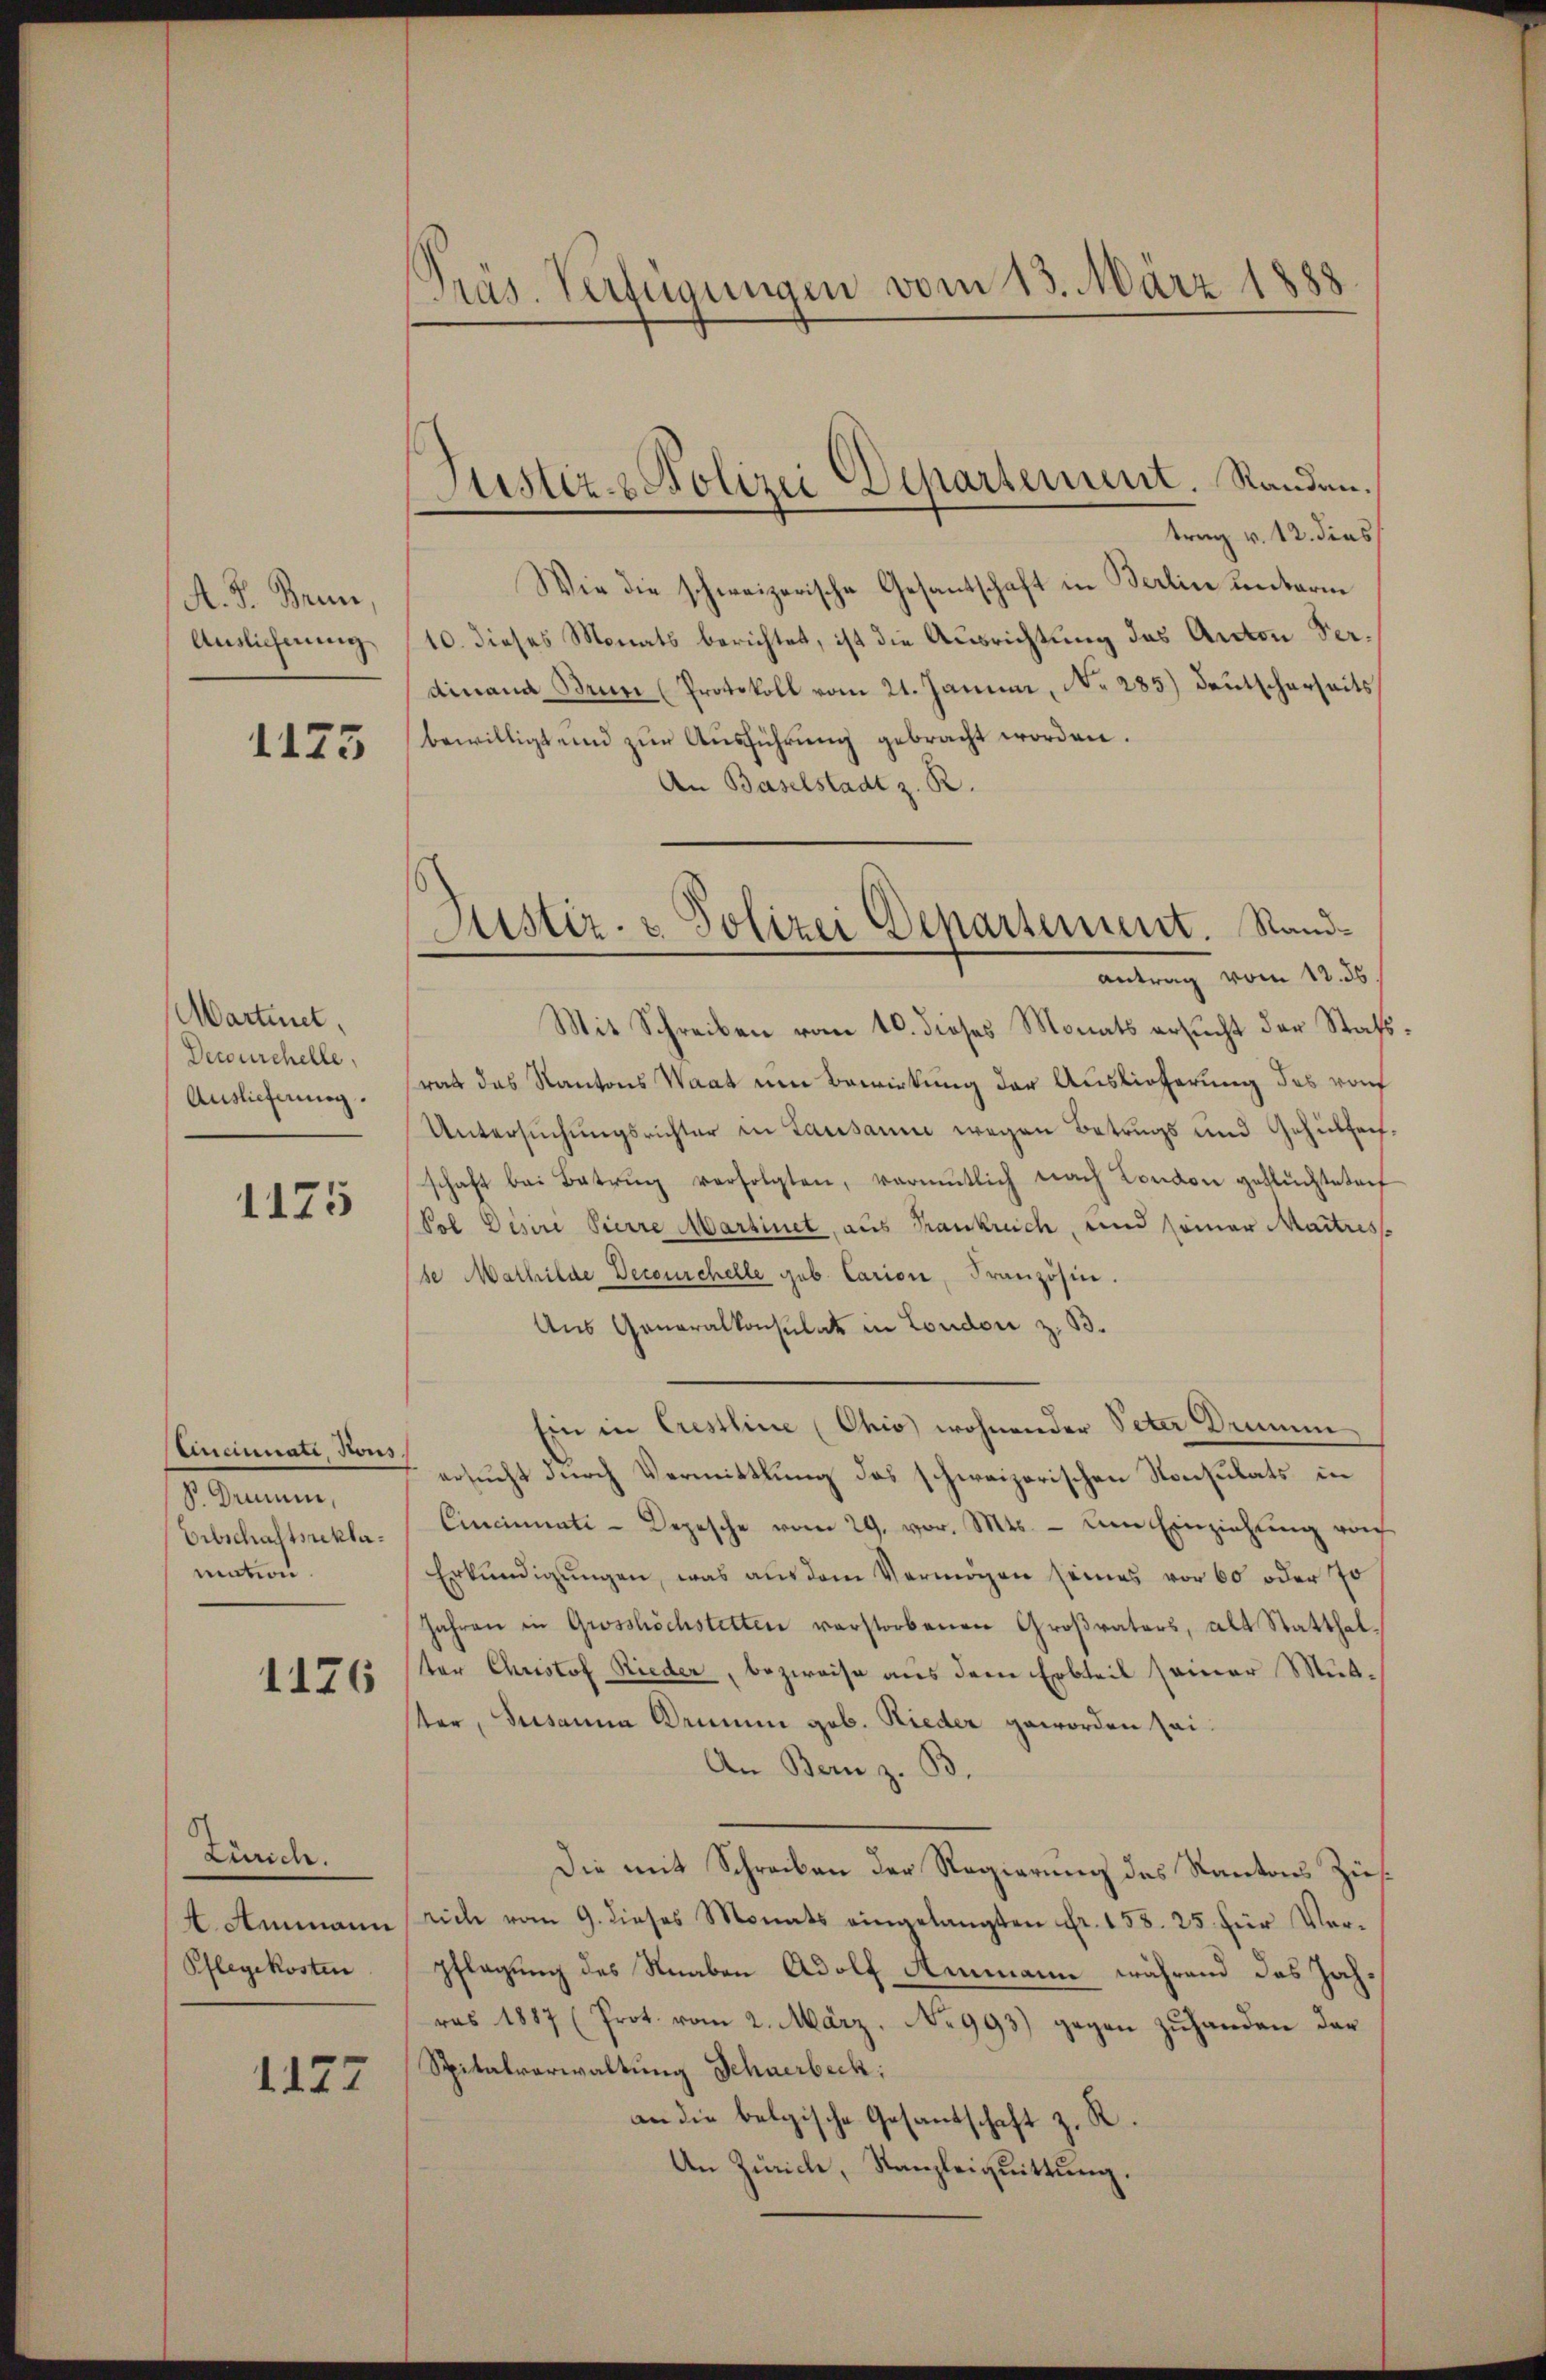
A. S. Brun
Auslicherung

1125

Martinet,
Decourchelle,
Auslieferung.

1175

Cincinati Kons.
S. Drumen,
Erbschaftsreklamation.

1176

Zürich.
4 Ammann
Pflegekosten

1127

Präs. Verfügungen vom 13. März 1888

Justiz- & Polizei Departement. Randen.

Justiz- & Polizei Departement. Sandantrag vom 12. ds.
Mit Schreiben vom 10. dieses Monats ersucht der Stat

trag v. 12. dies
Wie die schweizerische Gesantschaft in Berlin unterm
10. dieses Monats berichtet, ist die Ausrichtung des Anton Verdinand Brun (Protokoll vom 21. Januar, No. 285.) Deutscherheits
bewilligt und zur Ausführung gebracht worden.
An Baselstadt z. B.
rat das Kantons Waat um Bewirkung der Auslieferung des von
Untersuchungsrichter in Lausanne wegen Betrugs und Gehülfech
schaft bei Betrug verfolgten, vermutlich nach London geflüchteten
(Pol Disire Pierre Martinet, aus Krankreich, und seiner Maitres.
se Mathilde Decourchelle geb. Carion, Französin
Aus Generalkonsulat in London z. B.
Ein in Crestline Ohio) wohnender Peter Deinen
ersucht durch Vermittlung des schweizerischen Konsulats in
Cincinati-Depesche vom 29. vor. Mts. – um Einziehung von
Erkundigŭngen, was aus dem Vermögen seines vor 60 oder Jo
Jahren in Grosshöchstetten verstorbenen Großvaters, als Statthalter Christof Rieder, bezweise aus dem Erbteil seiner Mutster, Susanna Deinen geb. Nieder geworden sei
An Bern z. B.
Die mit Schreiben der Regierung des Kantons Züsrich vom 9. dieses Monats eingelangten Fr. 158. 25. für Verpflegung des Knaben Adolf Ammann, während das Jahras 1887 (Prot. vom 2. März. No 993) gegen zuhanden dar¬
Spitalverwaltung Schnerbeck:
an die belgische Gesandschaft z. R.
An Zürich, Kanzleiquittung.